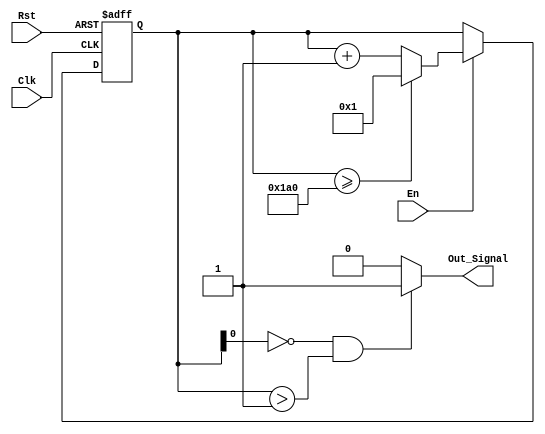
module Maxpool_Column_Counter(En, Rst, Out_Signal, Clk);
    parameter DATA_WIDTH = 32;
    parameter IMG_SIZE = 416;
    
    input En, Rst, Clk;
    output Out_Signal;

    reg [DATA_WIDTH - 1:0] Counter_Mem;

    always @ (posedge Clk or negedge Rst) begin
        if (!Rst) begin 
            Counter_Mem <= 0;
        end
        else begin
            if (En) begin
                if (Counter_Mem >= IMG_SIZE) begin
                    Counter_Mem <= 32'd1;
                end else begin
                    Counter_Mem <= Counter_Mem + 32'd1;
                end
            end else begin
                Counter_Mem <= Counter_Mem;
            end
        end
    end

    assign Out_Signal = (!Counter_Mem[0] & (Counter_Mem > 32'd1)) ? 1'b1 : 1'b0;
endmodule